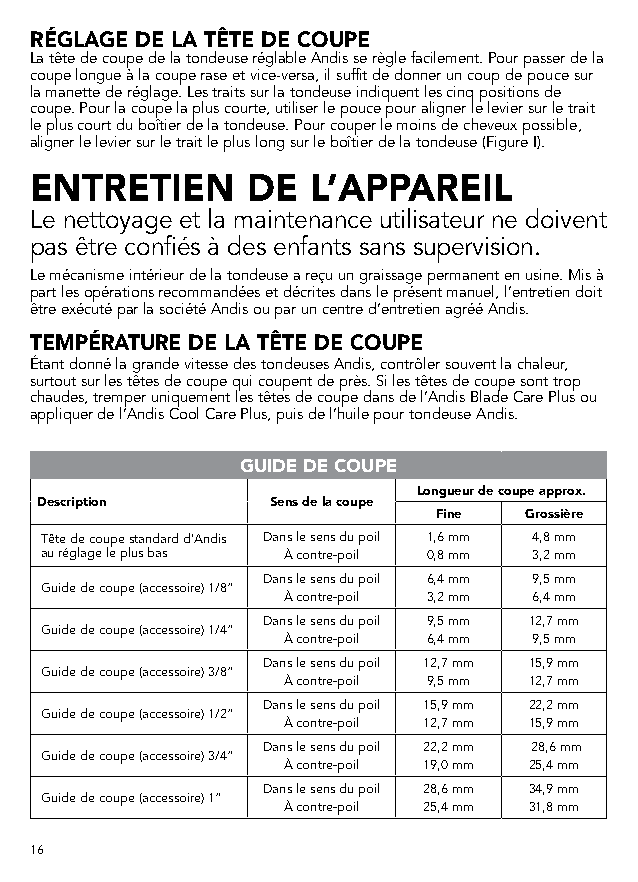
RÉGLAGE DE LA TÊTE DE COUPE
 La tête de coupe de la tondeuse réglable Andis se règle facilement. Pour passer de la
 coupe longue à la coupe rase et vice-versa, il suffit de donner un coup de pouce sur
 la manette de réglage. Les traits sur la tondeuse indiquent les cinq positions de
 coupe. Pour la coupe la plus courte, utiliser le pouce pour aligner le levier sur le trait
 le plus court du boîtier de la tondeuse. Pour couper le moins de cheveux possible,
 aligner le levier sur le trait le plus long sur le boîtier de la tondeuse (Figure I).
 ENTRETIEN     DE   L’APPAREIL
 Le nettoyage et la maintenance utilisateur ne doivent
 pas être confiés à des enfants sans supervision.
 Le mécanisme intérieur de la tondeuse a reçu un graissage permanent en usine. Mis à
 part les opérations recommandées et décrites dans le présent manuel, l’entretien doit
 être exécuté par la société Andis ou par un centre d’entretien agréé Andis.
 TEMPÉRATURE DE LA TÊTE DE COUPE
 Étant donné la grande vitesse des tondeuses Andis, contrôler souvent la chaleur,
 surtout sur les têtes de coupe qui coupent de près. Si les têtes de coupe sont trop
 chaudes, tremper uniquement les têtes de coupe dans de l’Andis Blade Care Plus ou
 appliquer de l’Andis Cool Care Plus, puis de l’huile pour tondeuse Andis.
 GUIDE DE COUPE
 Longueur de coupe approx.
 Description     Sens de la coupe
 Fine  Grossière
 Tête de coupe standard d’Andis Dans le sens du poil 1,6 mm 4,8 mm
 au réglage le plus bas À contre-poil 0,8 mm 3,2 mm
 Dans le sens du poil 6,4 mm 9,5 mm
 Guide de coupe (accessoire) 1/8”
 À contre-poil 3,2 mm 6,4 mm
 Dans le sens du poil 9,5 mm 12,7 mm
 Guide de coupe (accessoire) 1/4”
 À contre-poil 6,4 mm 9,5 mm
 Dans le sens du poil 12,7 mm 15,9 mm
 Guide de coupe (accessoire) 3/8”
 À contre-poil 9,5 mm 12,7 mm
 Dans le sens du poil 15,9 mm 22,2 mm
 Guide de coupe (accessoire) 1/2”
 À contre-poil 12,7 mm 15,9 mm
 Dans le sens du poil 22,2 mm 28,6 mm
 Guide de coupe (accessoire) 3/4”
 À contre-poil 19,0 mm 25,4 mm
 Dans le sens du poil 28,6 mm 34,9 mm
 Guide de coupe (accessoire) 1”
 À contre-poil 25,4 mm 31,8 mm
 16